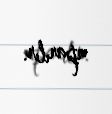
aparılır.